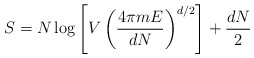
\begin{align*}S=N\log \left[V\left(\frac{4\pi m E}{d N}\right)^{d/2}\right]+\frac{d N}{2}\end{align*}